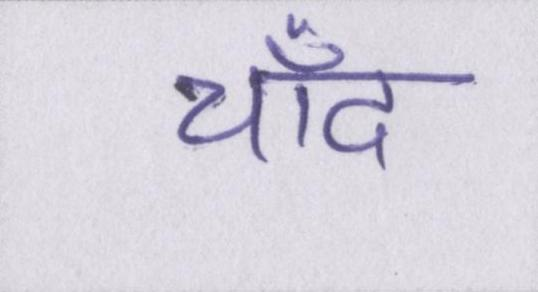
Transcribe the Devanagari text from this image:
चाँद